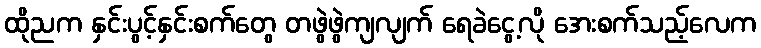
ထိုညက နှင်းပွင့်နှင်းစက်တွေ တဖွဲဖွဲကျလျက် ရေခဲငွေ့လို အေးစက်သည့်လေက